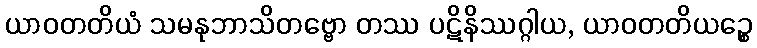
ယာဝတတိယံ သမနုဘာသိတဗ္ဗော တဿ ပဋိနိဿဂ္ဂါယ, ယာဝတတိယဉ္စေ